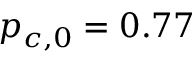
p _ { c , 0 } = 0 . 7 7